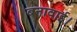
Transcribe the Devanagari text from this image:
बनावाई।